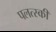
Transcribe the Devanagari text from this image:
पलत्स्की